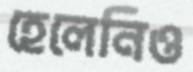
হেলেনিও